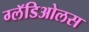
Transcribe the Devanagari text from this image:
ग्लॅडिओलस